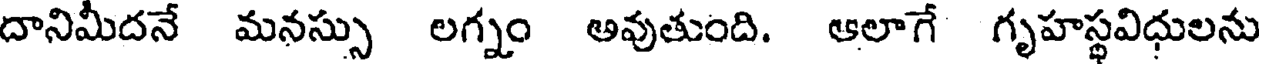
దానిమిదనే మనస్సు లగ్నం అవుతుంది. ఆలాగే గృహస్థవిధులను